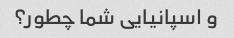
و اسپانیایی شما چطور؟